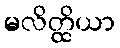
မလိတ္ထိယာ